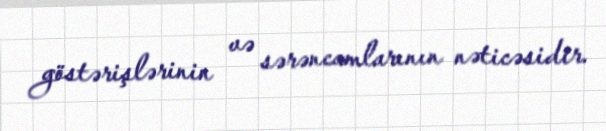
göstərişlərinin və sərəncamlarının nəticəsidir.